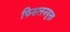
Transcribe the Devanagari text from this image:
फिसलनयुक्त